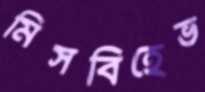
মিসবিহেভ